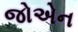
જોએન